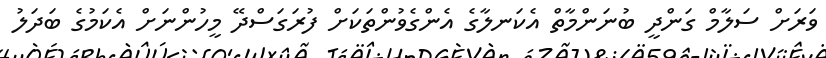
ވަރަށް ސަލާމް ގަންދީ ބުނަންމާތް އެކަނލާގެ އެންގެވުންތަކަށް ފުރަގަސްދޭ މީހުންނަށް އެކަމުގެ ބަދަލު